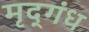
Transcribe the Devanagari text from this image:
मृद्‌गंध